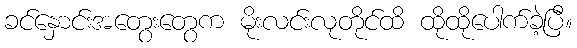
ခင်နှောင်းအတွေးတွေက မိုးလင်းလုတိုင်ထိ ထိုထိုပေါက်ခဲ့ပြီ။